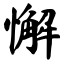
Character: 懈